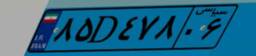
۸۵D۴۷۸۰۶